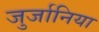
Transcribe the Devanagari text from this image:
जुर्जानिया